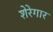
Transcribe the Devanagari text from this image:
शेरेगार